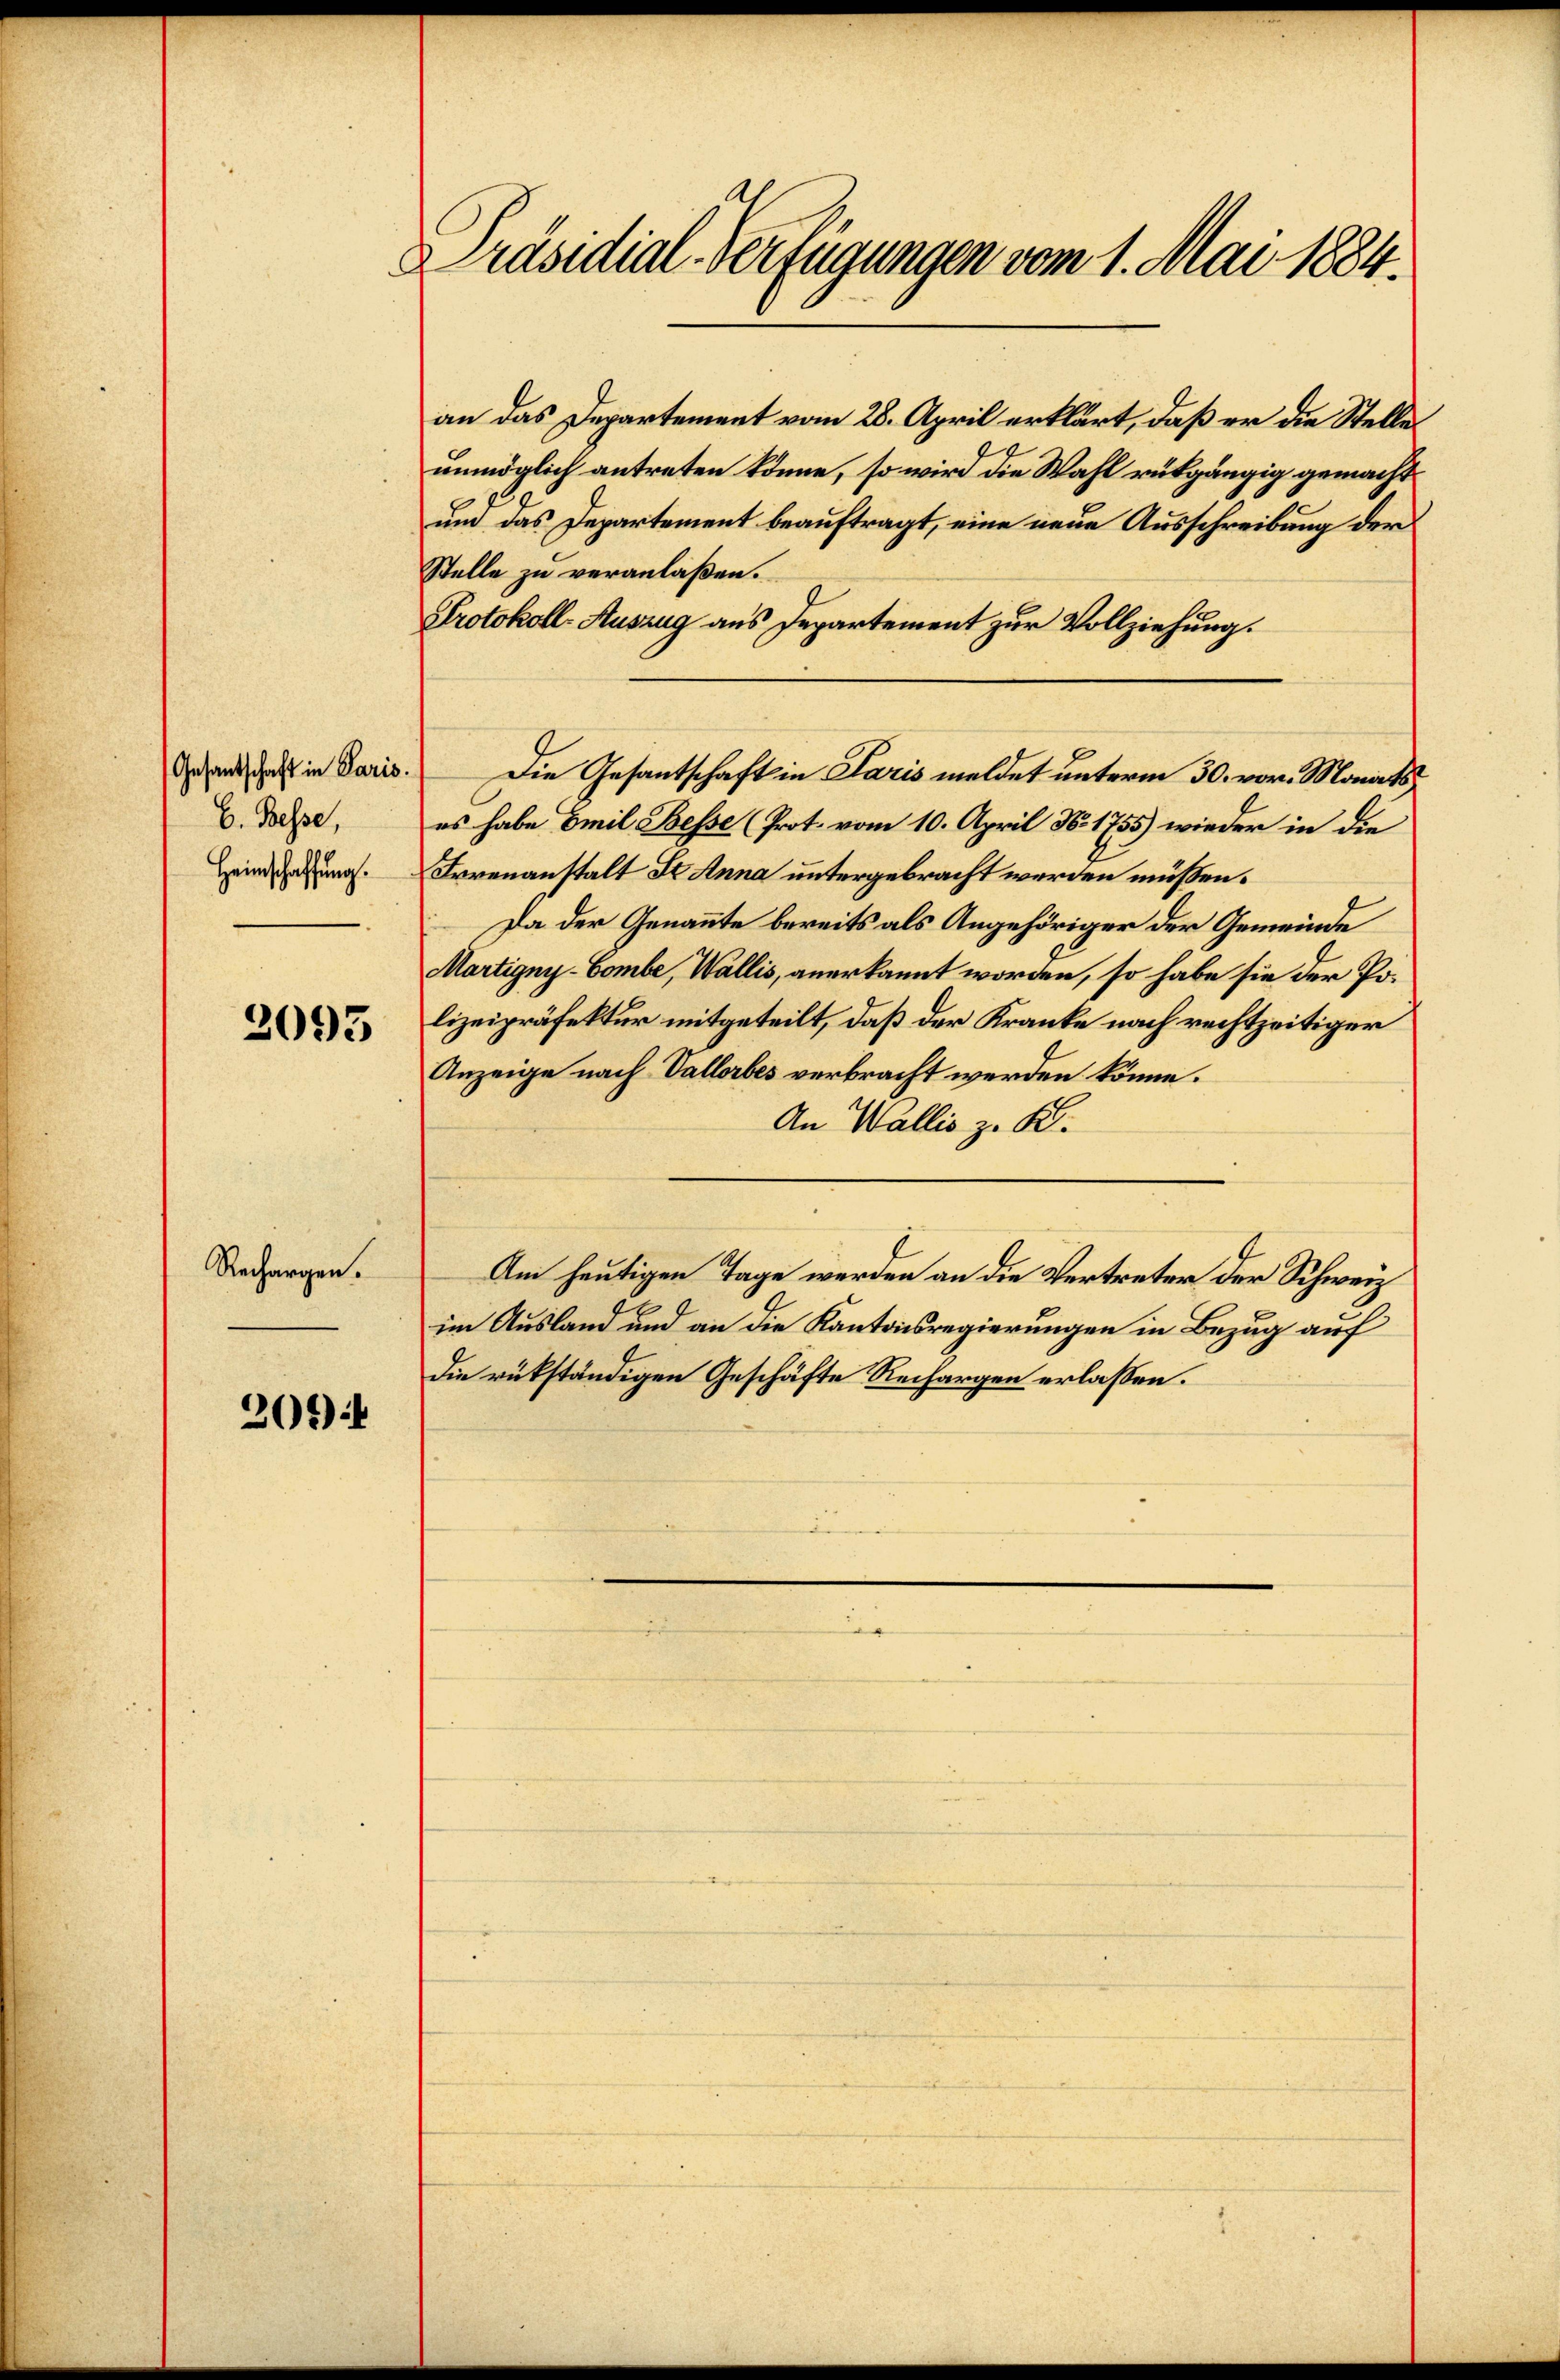
E. Besse,
Heimschaffung.

2095

Rechargen.

202)

Präsidial-Verfügungen vom 1. Mai 1884.

an das Departement vom 28. April erklärt, daß er die Stelle
unmöglich antreten könne, so wird die Wahl rükgängig gemacht
un das Departement beauftragt, eine neue Ausschreibung der
Stelle zu veranlaßen.
Protokoll-Auszug aus Departement zur Vollziehung.
Grandschaft in Paris. Die Gesantschaft in Paris meldet unterm 30. vor. Monats
es habe Emil Besse (Prot. vom 10. April N. 1755) wieder in die
Irrenanstalt St. Anna untergebracht werden müßen.
Da der Genannte bereits als Angehöriger der Gemeinde
Martigny-Gombe, Wallis, anerkannt worden, so habe sie der Polizeipräfektur mitgeteilt, daß der Kranke nach rechtzeitiger
Anzeige nach Vallerbes verbracht werden könne.
An Wallis z. K.
Am heutigen Tage werden an die Vertreter der Schweiz
im Ausland und an die Kantonsregierungen in Bezug auf
die rükständigen Geschäfte Rechargen erlassen.